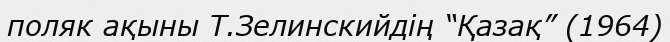
поляк ақыны Т.Зелинскийдің “Қазақ” (1964)